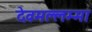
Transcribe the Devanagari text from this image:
देवमल्लम्मा